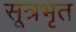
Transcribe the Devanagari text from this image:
सूत्रभृत